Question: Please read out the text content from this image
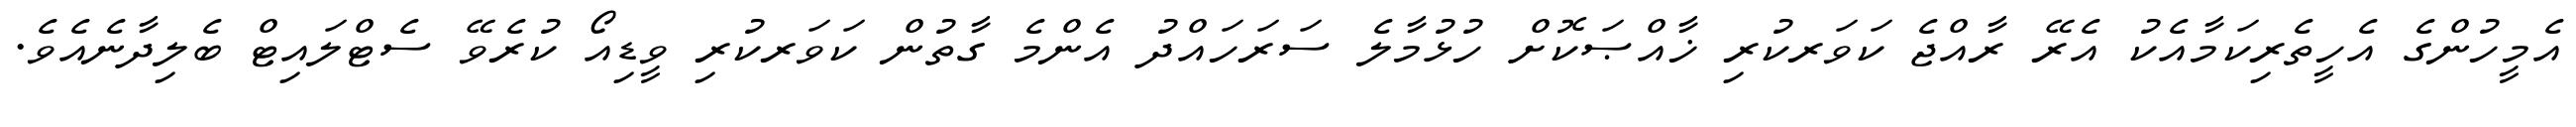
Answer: އެމީހުންގެ އެހީތެރިކަމާއެކު އެރޭ ރާއްޖެ ކަވަރކުރި ޚާއްޞަކޮށް ހުޅުމާލެ ސަރަހައްދު އެންމެ ގާތުން ކަވަރކުރި ވީޑިއޯ ކުރެވޭ ސެޓްލައިޓް ބެލިދާނެއެވެ.